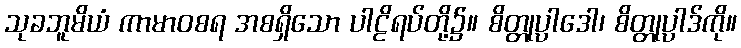
သုခဘူမိယံ ကာမာဝစရ အစရှိသော ပါဠိရပ်တို့၌။ စိတ္တုပ္ပါဒေါ၊ စိတ္တုပ္ပါဒ်ကို။